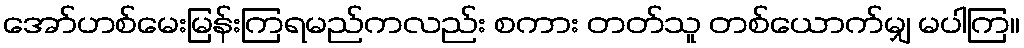
အော်ဟစ်မေးမြန်းကြရမည်ကလည်း စကား တတ်သူ တစ်ယောက်မျှ မပါကြ။